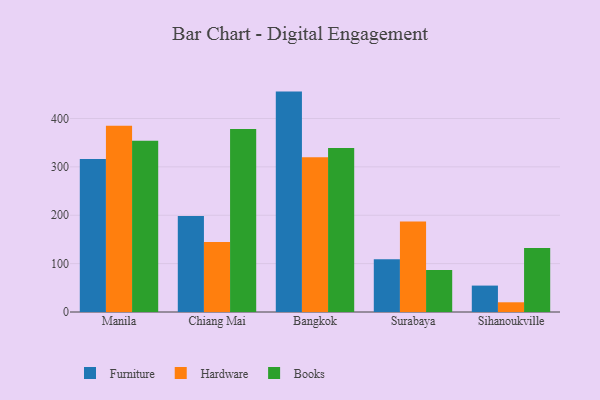
{"axis": {"x": "City", "y": "Conversion Rate (%)"}, "legend": ["Books", "Furniture", "Hardware"], "data": [{"x": "Manila", "y": 316.3, "type": "Furniture"}, {"x": "Manila", "y": 384.9, "type": "Hardware"}, {"x": "Manila", "y": 354.2, "type": "Books"}, {"x": "Chiang Mai", "y": 198.7, "type": "Furniture"}, {"x": "Chiang Mai", "y": 144.8, "type": "Hardware"}, {"x": "Chiang Mai", "y": 378.1, "type": "Books"}, {"x": "Bangkok", "y": 455.6, "type": "Furniture"}, {"x": "Bangkok", "y": 320.1, "type": "Hardware"}, {"x": "Bangkok", "y": 338.8, "type": "Books"}, {"x": "Surabaya", "y": 109.1, "type": "Furniture"}, {"x": "Surabaya", "y": 187.1, "type": "Hardware"}, {"x": "Surabaya", "y": 86.6, "type": "Books"}, {"x": "Sihanoukville", "y": 54.6, "type": "Furniture"}, {"x": "Sihanoukville", "y": 20.1, "type": "Hardware"}, {"x": "Sihanoukville", "y": 132.4, "type": "Books"}]}